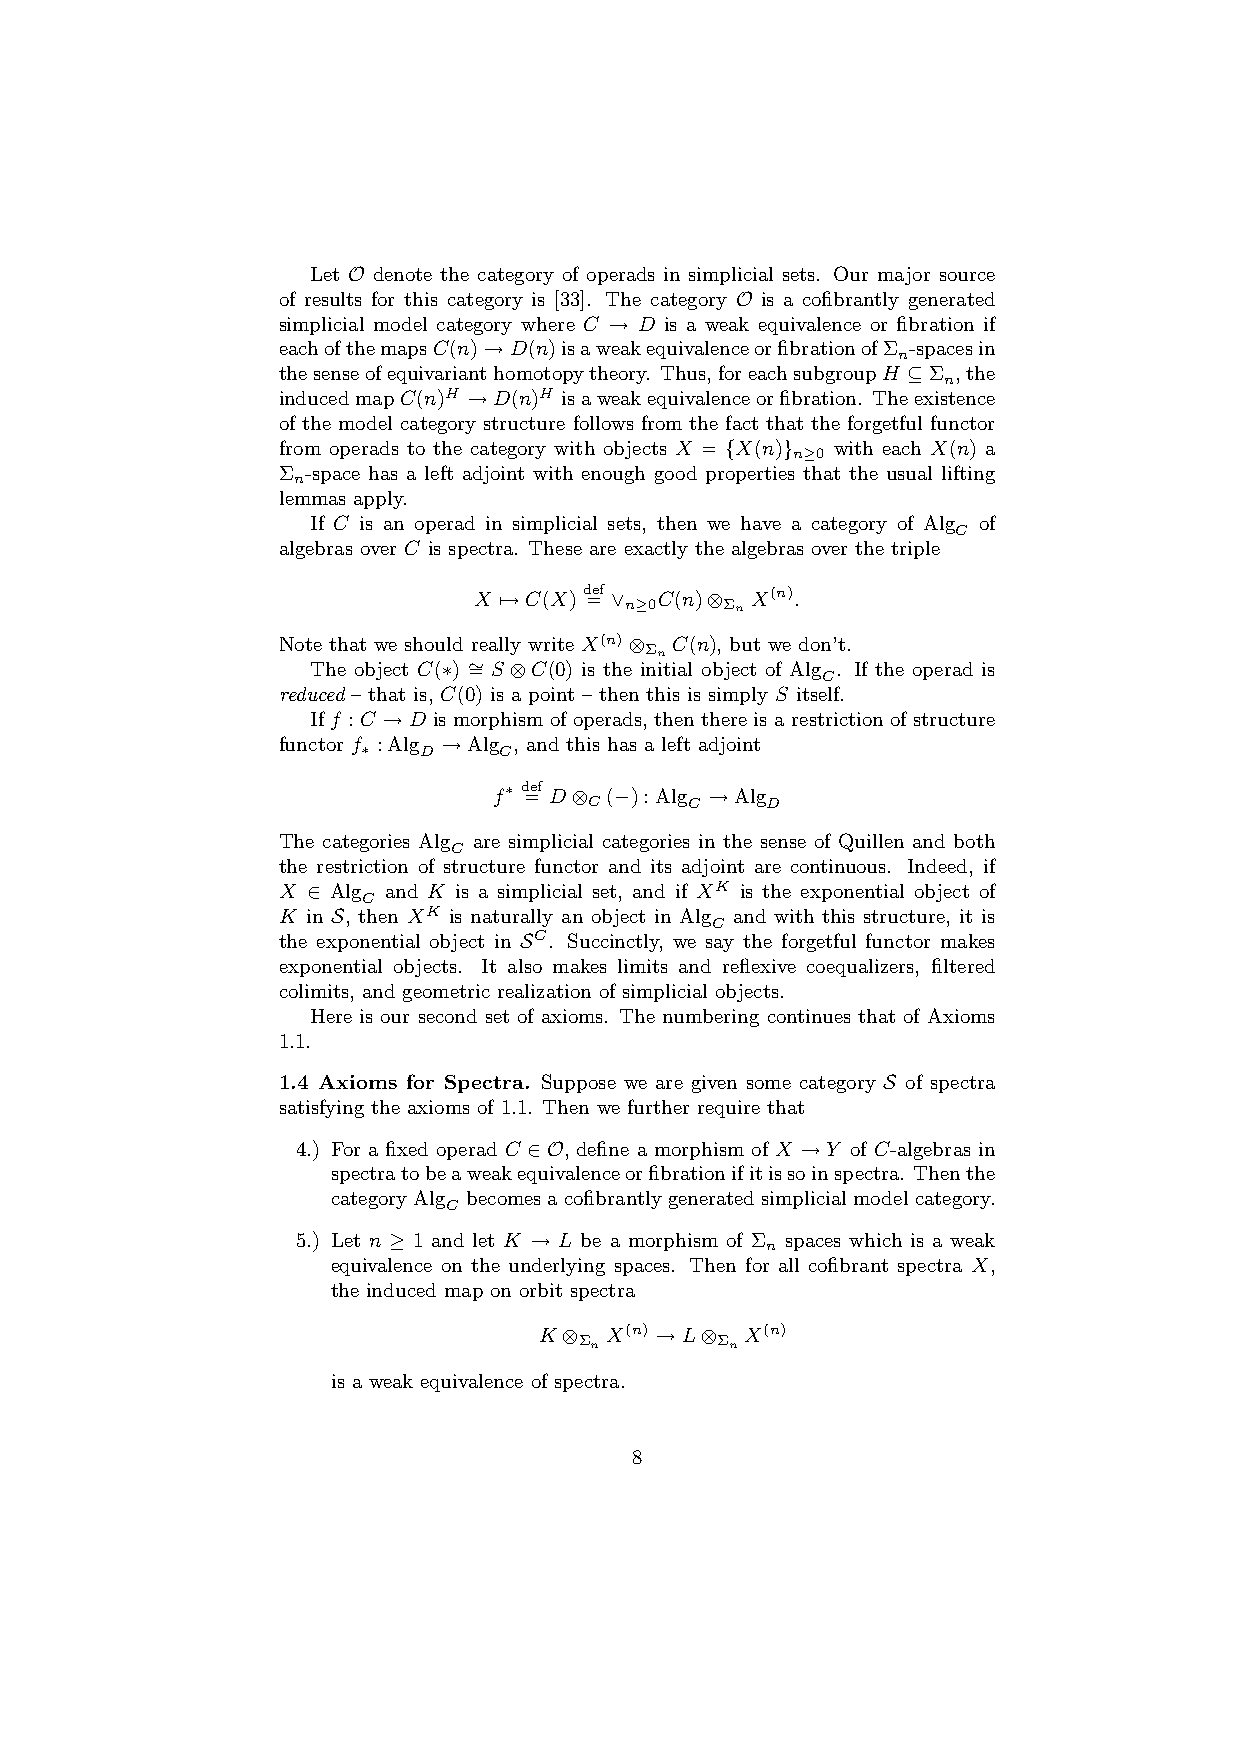
Let O denote the category of operads in simplicial sets. Our major source
 of results for this category is [33]. The category O is a cofibrantly generated
 simplicial model category where C → D is a weak equivalence or fibration if
 eachofthemapsC(n)→D(n)isaweakequivalenceorfibrationofΣ -spacesin
 n
 thesenseofequivarianthomotopytheory. Thus,foreachsubgroupH ⊆Σ ,the
 n
 inducedmapC(n)H →D(n)H isaweakequivalenceorfibration. Theexistence
 of the model category structure follows from the fact that the forgetful functor
 from operads to the category with objects X = {X(n)} with each X(n) a
 n≥0
 Σ -space has a left adjoint with enough good properties that the usual lifting
 n
 lemmas apply.
 If C is an operad in simplicial sets, then we have a category of Alg of
 C
 algebras over C is spectra. These are exactly the algebras over the triple
 X 7→C(X)d =ef ∨ C(n)⊗ X(n).
 n≥0    Σn
 Note that we should really write X(n)⊗ C(n), but we don’t.
 The object C(∗) ∼ = S ⊗C(0) is the iΣ nn itial object of Alg . If the operad is
 C
 reduced – that is, C(0) is a point – then this is simply S itself.
 If f :C →D is morphism of operads, then there is a restriction of structure
 functor f :Alg →Alg , and this has a left adjoint
 ∗   D    C
 f∗ d =ef D⊗ (−):Alg →Alg
 C      C    D
 The categories Alg are simplicial categories in the sense of Quillen and both
 C
 the restriction of structure functor and its adjoint are continuous. Indeed, if
 X ∈ Alg and K is a simplicial set, and if XK is the exponential object of
 C
 K in S, then XK is naturally an object in Alg and with this structure, it is
 C
 the exponential object in SC. Succinctly, we say the forgetful functor makes
 exponential objects. It also makes limits and reflexive coequalizers, filtered
 colimits, and geometric realization of simplicial objects.
 Here is our second set of axioms. The numbering continues that of Axioms
 1.1.
 1.4 Axioms for Spectra. Suppose we are given some category S of spectra
 satisfying the axioms of 1.1. Then we further require that
 4.) For a fixed operad C ∈O, define a morphism of X →Y of C-algebras in
 spectratobeaweakequivalenceorfibrationifitissoinspectra. Thenthe
 categoryAlg becomesacofibrantlygeneratedsimplicialmodelcategory.
 C
 5.) Let n ≥ 1 and let K → L be a morphism of Σ spaces which is a weak
 n
 equivalence on the underlying spaces. Then for all cofibrant spectra X,
 the induced map on orbit spectra
 K⊗  X(n) →L⊗ X(n)
 Σn       Σn
 is a weak equivalence of spectra.
 8